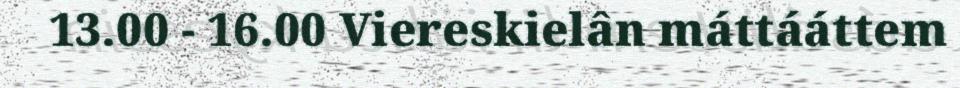
13.00 - 16.00 Viereskielân máttááttem